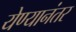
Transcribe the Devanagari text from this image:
येण्यानंतर